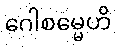
ဂေါစမ္မေဟိ